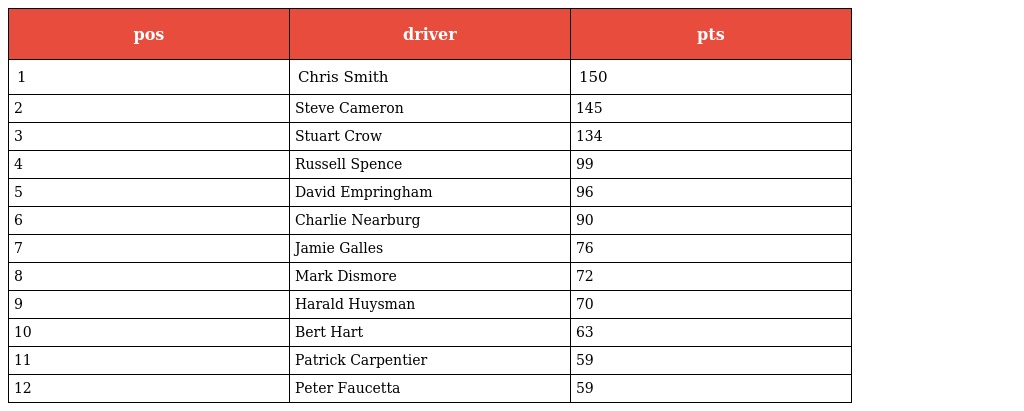
| pos | driver | pts |
 | --- | --- | --- |
 | 1 | Chris Smith | 150 |
 | 2 | Steve Cameron | 145 |
 | 3 | Stuart Crow | 134 |
 | 4 | Russell Spence | 99 |
 | 5 | David Empringham | 96 |
 | 6 | Charlie Nearburg | 90 |
 | 7 | Jamie Galles | 76 |
 | 8 | Mark Dismore | 72 |
 | 9 | Harald Huysman | 70 |
 | 10 | Bert Hart | 63 |
 | 11 | Patrick Carpentier | 59 |
 | 12 | Peter Faucetta | 59 |